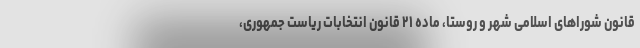
قانون شوراهای اسلامی شهر و روستا، ماده ۲۱ قانون انتخابات ریاست جمهوری،